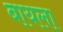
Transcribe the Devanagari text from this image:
बायला